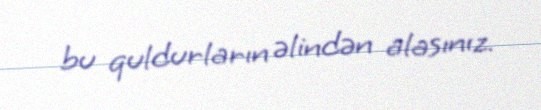
bu quldurların əlindən alasınız.